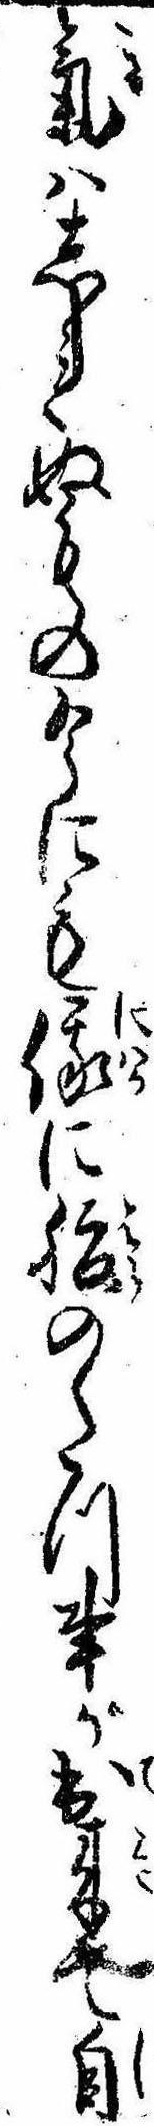
気はしれぬもの今にも俄に腹のたつ事が出来て自